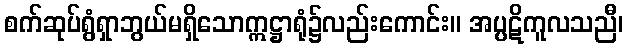
စက်ဆုပ်ရွံရှာဘွယ်မရှိသောဣဋ္ဌာရုံ၌လည်းကောင်း။ အပ္ပဋိကူလသညီ၊